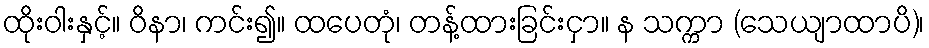
ထိုးဝါးနှင့်။ ဝိနာ၊ ကင်း၍။ ထပေတုံ၊ တန့်ထားခြင်းငှာ။ န သက္ကာ (သေယျာထာပိ)၊